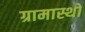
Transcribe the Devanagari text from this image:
ग्रामास्थो